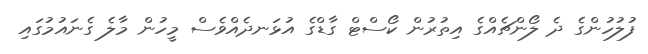
ފުލުހުންގެ ދެ ލޯންޗެއްގެ އިތުރުން ކޯސްޓް ގާޑްގެ އުޅަނދެއްވެސް މީހުން މާލެ ގެނައުމުގައި